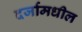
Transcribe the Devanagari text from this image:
दर्जामधील